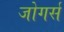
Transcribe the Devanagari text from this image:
जोगर्स